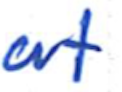
Text: at
Cross-out: clean
Writing tool: ballpoint